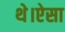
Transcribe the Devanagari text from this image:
थे।ऐसा